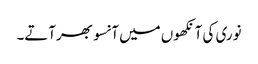
نوری کی آنکھوں میں آنسو بھرآتے۔